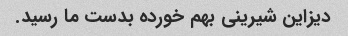
دیزاین شیرینی بهم خورده بدست ما رسید.